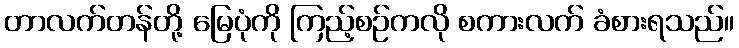
တာလက်တန်တို့ မြေပုံကို ကြည့်စဉ်ကလို စကားလက် ခံစားရသည်။